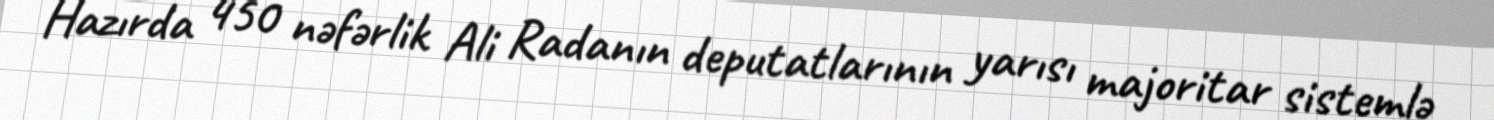
Hazırda 450 nəfərlik Ali Radanın deputatlarının yarısı majoritar sistemlə